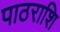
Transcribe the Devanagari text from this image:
पाठराशि